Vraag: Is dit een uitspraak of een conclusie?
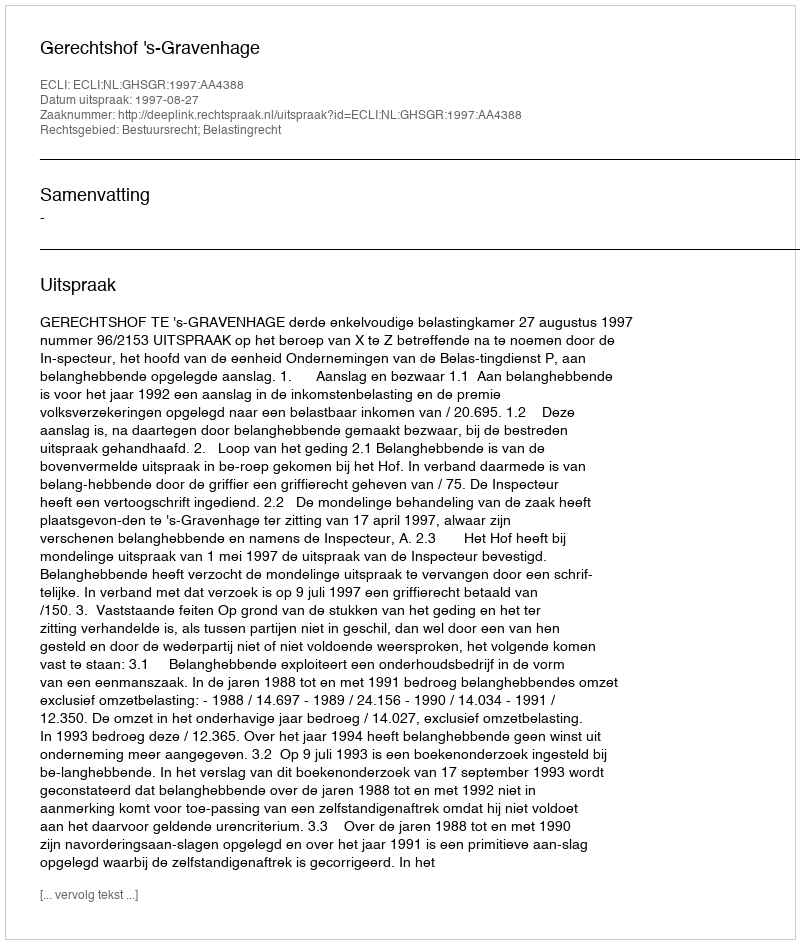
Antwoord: Uitspraak